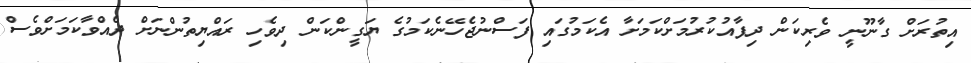
އިތުރަށް ގާނޫނީ ވެރިކަން ދިފާއުކުރުމަށްކަމަށާ އެކަމުގައި ފަސްނުޖެހޭނެކަމުގެ ޔަގީންކަން ދިވެހި ރައްޔިތުންނަށް ދެއްވާކަމަށްވެސް